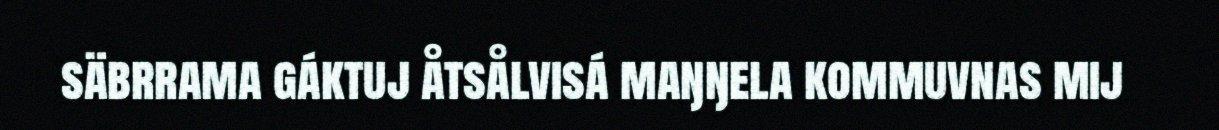
säbrrama gáktuj åtsålvisá maŋŋela kommuvnas mij